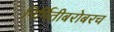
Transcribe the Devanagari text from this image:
निर्मितीबरोबरच